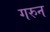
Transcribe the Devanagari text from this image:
गरुन